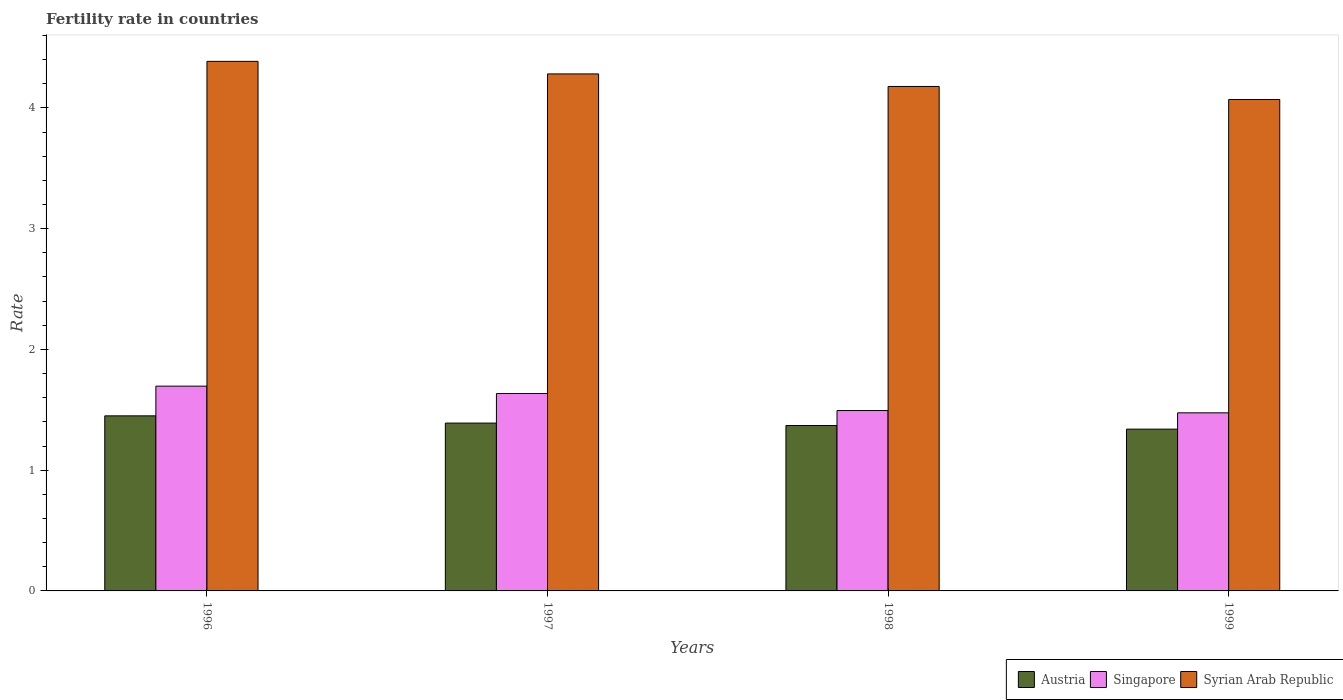
| Years | Austria | Singapore | Syrian Arab Republic |
 | --- | --- | --- | --- |
 | 1996 | 1.45 | 1.7 | 4.39 |
 | 1997 | 1.39 | 1.64 | 4.28 |
 | 1998 | 1.37 | 1.49 | 4.18 |
 | 1999 | 1.34 | 1.48 | 4.07 |